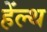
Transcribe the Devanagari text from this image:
हेंल्थ